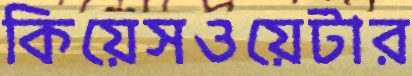
কিয়েসওয়েটার